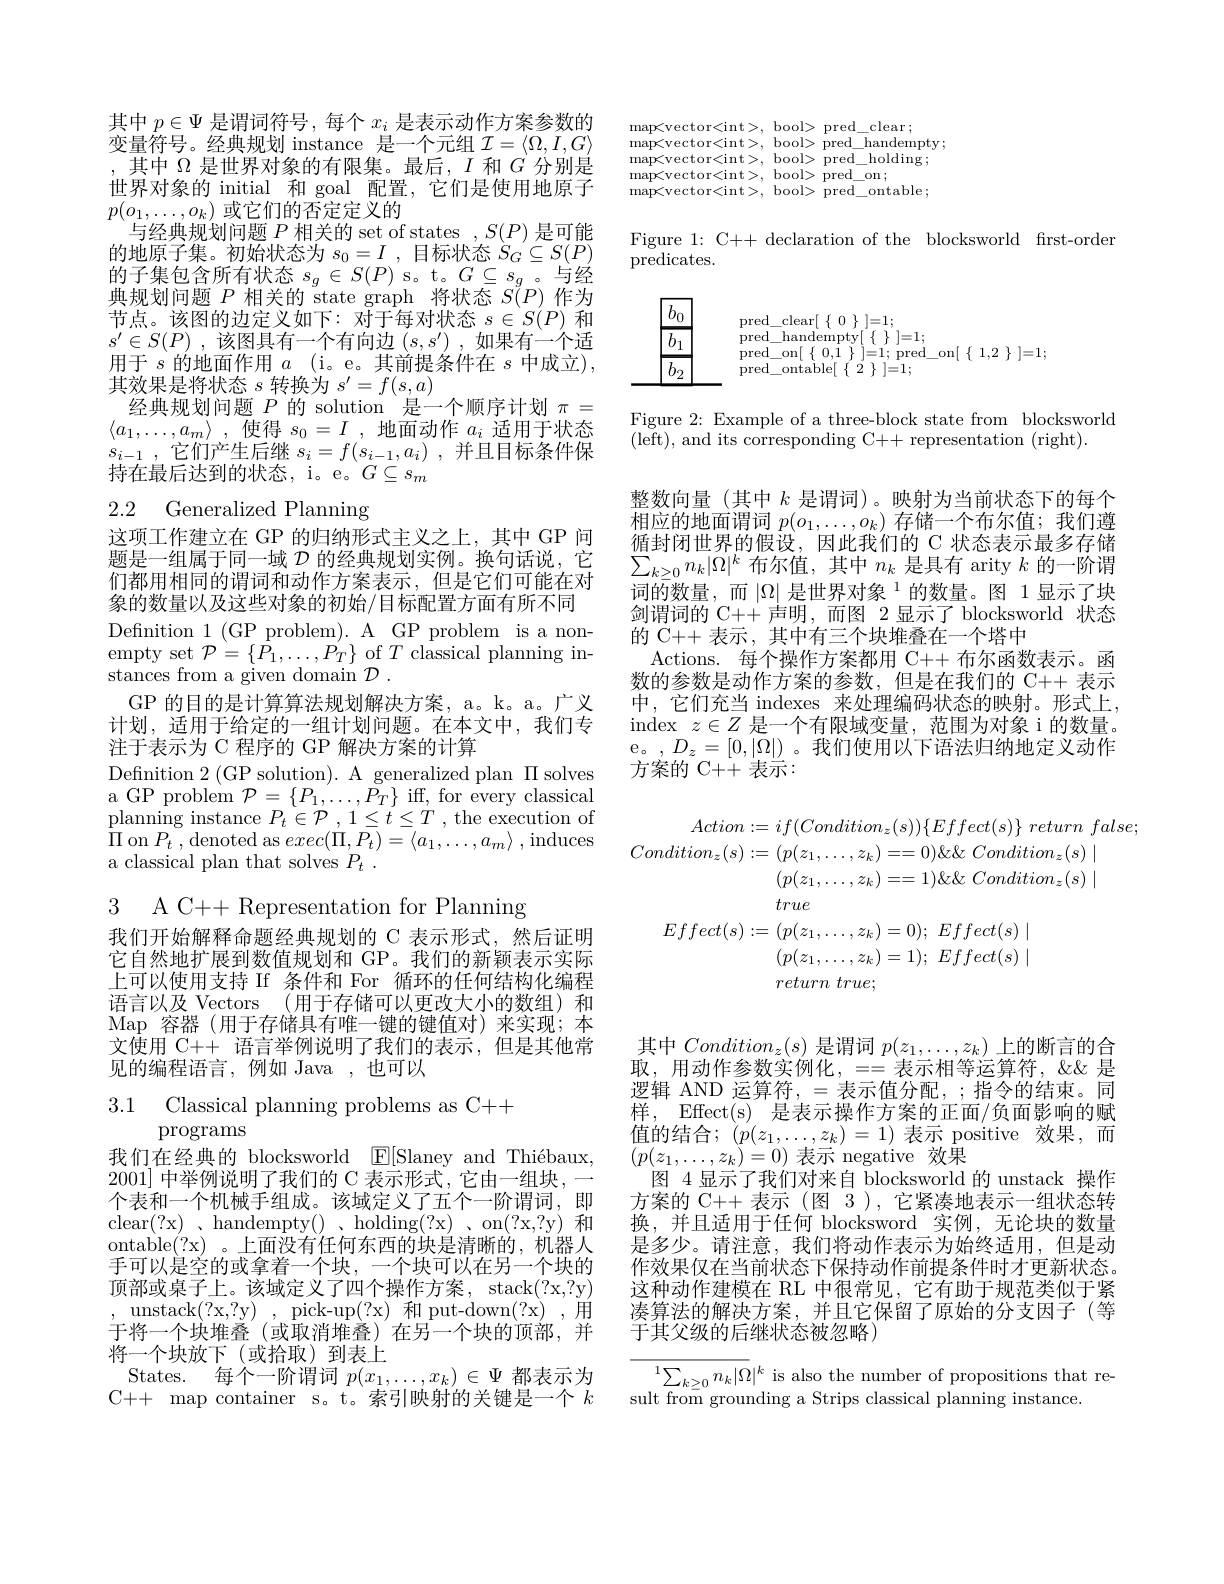
其中$p\in\Psi$是谓词符号 ,每个$x_i$是表示动作方案参数的变量符号。经典规划 instance 是一个元组$\mathcal{I}=\langle\Omega,I,G\rangle$ ,其中$\Omega$ 是世界对象的有限集。最后$,I$ 和$G$ 分别是世界对象的 initial 和 goal 配置，它们是使用地原子$p(o_1,\ldots,o_k)\bar{\text{ 或它们的否定定义的}}$
与经典规划问题$P$相关的 set of states $,S(P)$是可能的地原子集。初始状态为$s_0=I$ ,目标状态$S_G\subseteq S(P)$ $\begin{array}{ll}\text{的子集包含所有状态 }s_g\in S(P)\text{ s。t。}G\subseteq s_g\text{。与经}\\\text{典规划问题 }P\text{ 相关的 state graph}&\text{将状态 }S(P)\text{ 作为}\end{array}$ 节点。该图的边定义如下：对于每对状态$s\in S(P)$和$s^{\prime }\in S( P)$ , 该图具有一个有向边 $( s, s^{\prime })$ , 如果有一个适用于$s$的地面作用$a$ (i。e。其前提条件在$s$中成立), 其效果是将状态$s$转换为$s^\prime=f(s,a)$
经典规划问题$P$的 solution 是一个顺序计划$\pi=$ $\begin{array}{l}{\langle a_1,\ldots,a_m\rangle\:,\:\text{使得 }s_0=I\:,\:\text{地面动作 }a_i\:\text{适用于状态}}\\{s_{i-1}\:,\:\text{它们产生后继 }s_i=f(s_{i-1},a_i)\:,\:\text{并且目标条件保}}\\{\text{持在最后达到的状态，i。e。}G\subseteq s_m}\end{array}$

# 2.2 Generalized Planning

这项工作建立在 GP 的归纳形式主义之上，其中 GP 间题是一组属于同一域$\mathcal{D}$的经典规划实例。换句话说，它们都用相同的谓词和动作方案表示，但是它们可能在对象的数量以及这些对象的初始/目标配置方面有所不同
Defnition 1 (GP problem). A GP problem is a non- $\begin{array}{l}{\mathrm{empty~set~}\mathcal{P}=\{\bar{P}_{1},\ldots,\bar{P}_{T}^{'}\}~\mathrm{of~}T~\mathrm{classical~planning~in-}}\\{\mathrm{stances~from~a~given~domain~}\mathcal{D}~.}\end{array}$
GP 的目的是计算算法规划解决方案，a。k。a。广义计划，适用于给定的一组计划问题。在本文中，我们专注于表示为 C 程序的 GP 解决方案的计算
Definition 2 (GP solution). A generalized plan $\Pi$ solves a GP problem $\mathcal{P}=\{P_{1},\ldots,P_{T}\}$ iff, for every classical planning instance $P_{t}\in \mathcal{P}$ , $1\leq \dot{t} \leq T$ , the execution of $\Pi$ on $P_t$,denoted as $exec(\Pi,P_t)=\langle a_1,\ldots,a_m\rangle$ , induces a classical plan that solves $P_t$ .

3 A C++ Representation for Planning

我们开始解释命题经典规划的 C 表示形式，然后证明它自然地扩展到数值规划和 GP。我们的新颖表示实际上可以使用支持 If 条件和 For 循环的任何结构化编程语言以及 Vectors (用于存储可以更改大小的数组)和Map 容器(用于存储具有唯一键的键值对)来实现；本文使用 C++ 语言举例说明了我们的表示，但是其他常见的编程语言，例如 Java ,也可以

$\begin{array}{ll}{{\mathrm{.1}}}&{{\mathrm{Classical~planning~problems~as~C++}}}\\{{\mathrm{programs}}}\end{array}$

我们在经典的 blocksworld E[Slaney and Thiébaux, 2001]中举例说明了我们的 C 表示形式，它由一组块，一个表和一个机械手组成。该域定义了五个一阶谓词，即clear(?x) 、handempty() 、holding(?x) 、on(?x,?y) 和ontable(?x)。上面没有任何东西的块是清晰的，机器人手可以是空的或拿着一个块，一个块可以在另一个块的顶部或桌子上。该域定义了四个操作方案，stack(?x,?y) , unstack(?x,?y) , pick-up(?x) 和 put-down(?x) ,用于将一个块堆叠(或取消堆叠)在另一个块的顶部，并将一个块放下(或拾取)到表上
States. 每个一阶谓词$p(x_1,\ldots,x_k)\in\Psi$都表示为C++ map container s。t。索引映射的关键是一个$k$

map<vector<int>,bool> pred\_clear;
${\mathrm{map<vector<int>,~bool>~pred\_handempty;}}$ $\operatorname*{map<vector<int>,~bool>~pred_{-}holding;}$ map< vector< int> , bool> pred$\_$on;
${\mathrm{map<vector<int>,~bool>~pred\_ontable;}}$

Figure 1: C++ declaration of the blocksworld frst-order
predicates.

<FigureHere>

Figure 2: Example of a three-block state from blocksworld
(left), and its corresponding C++ representation (right).

整数向量(其中$k$是谓词)。映射为当前状态下的每个相应的地面谓词$p(o_1,\ldots,o_k)$存储一个布尔值；我们遵循封闭世界的假设，因此我们的 C 状态表示最多存储$\sum_{k\geq0}n_k|\Omega|^k$布尔值，其中$n_k$是具有 arity $k$的一阶谓$\bar{\text{词的数量，而}}\left|\Omega\right|\text{是世界对象}^1$的数量。图 1显示了块剑谓词的 C++ 声明，而图 2 显示了 blocksworld 状态的 C++ 表示 , 其中有三个块堆叠在一个塔中
Actions. 每个操作方案都用 C++ 布尔函数表示。函数的参数是动作方案的参数，但是在我们的 C++ 表示中，它们充当 indexes 来处理编码状态的映射。形式上， index $z\in Z$是一个有限域变量，范围为对象 i 的数量。e。,$D_z=[0,|\bar{\Omega}|)$。我们使用以下语法归纳地定义动作方案的 C++ 表示：

$Action: = if( Condition_{z}( s) ) \{ Effect( s) \}$ return $false;$
$Condition_{z}( s) : = ( p( z_{1}, \ldots , z_{k}) = = 0) \& \&$ $Condition_{z}( s) \mid$
$( p( z_1, \ldots , z_k) = = 1) \& \&$ $Condition_z( s) \mid$
true
$$\begin{aligned}Effect(s)&:=(p(z_{1},\ldots,z_{k})=0);\:Effect(s)\mid\\&(p(z_{1},\ldots,z_{k})=1);\:Effect(s)\mid\end{aligned}$$
$return\textit{ true};$

其中$Condition_z(s)$是谓词$p(z_1,\ldots,z_k)$上的断言的合取，用动作参数实例化，==表示相等运算符，《》是逻辑 AND 运算符，=表示值分配，;指令的结束。同样，Effect(s) 是表示操作方案的正面/负面影响的赋值的结合$;(p(z_{1},\ldots,z_{k})=1)$表示 positive 效果，而$(p(z_1,\ldots,z_k)=0)$表示 negative 效果
图 4 显示了我们对来自 blocksworld 的 unstack 操作方案的 C++ 表示 (图 3), 它紧凑地表示一组状态转换，并且适用于任何 blocksword 实例，无论块的数量是多少。请注意，我们将动作表示为始终适用，但是动作效果仅在当前状态下保持动作前提条件时才更新状态。这种动作建模在 RL 中很常见，它有助于规范类似于紧凑算法的解决方案，并且它保留了原始的分支因子(等于其父级的后继状态被忽略)

${\overline{\sum_{k\geq0}n_{k}|\Omega}|^{k}\text{ is also the number of propositions that re-}}$
sult from grounding a Strips classical planning instance.